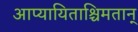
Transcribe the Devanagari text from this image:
आप्यायिताश्चिमतान्